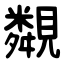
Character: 䚏